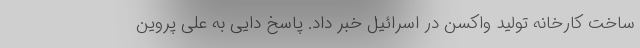
ساخت کارخانه تولید واکسن در اسرائیل خبر داد. پاسخ دایی به علی پروین